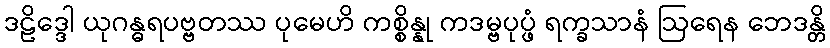
ဒဠိဒ္ဒေါ ယုဂန္ဓရပဗ္ဗတဿ ပုမေဟိ ကစ္စိန္နု ကဒမ္ဗပုပ္ဖံ ရက္ခသာနံ ဩရေန ဘေဒန္တိ